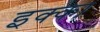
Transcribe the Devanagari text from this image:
इक्‍का